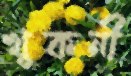
খুকনী